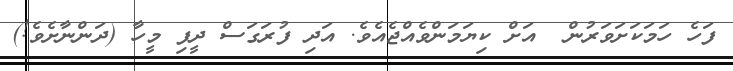
ފަހެ ހަމަކަށަވަރުން  އަށް ކިޔަމަންވެއްޖެއެވެ. އަދި ފުރަގަސް ދީފި މީހާ (ދަންނާށެވެ!)